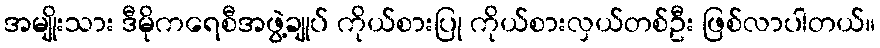
အမျိုးသား ဒီမိုကရေစီအဖွဲ့ချုပ် ကိုယ်စားပြု ကိုယ်စားလှယ်တစ်ဦး ဖြစ်လာပါတယ်။